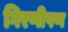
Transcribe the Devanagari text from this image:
गिरणीपण